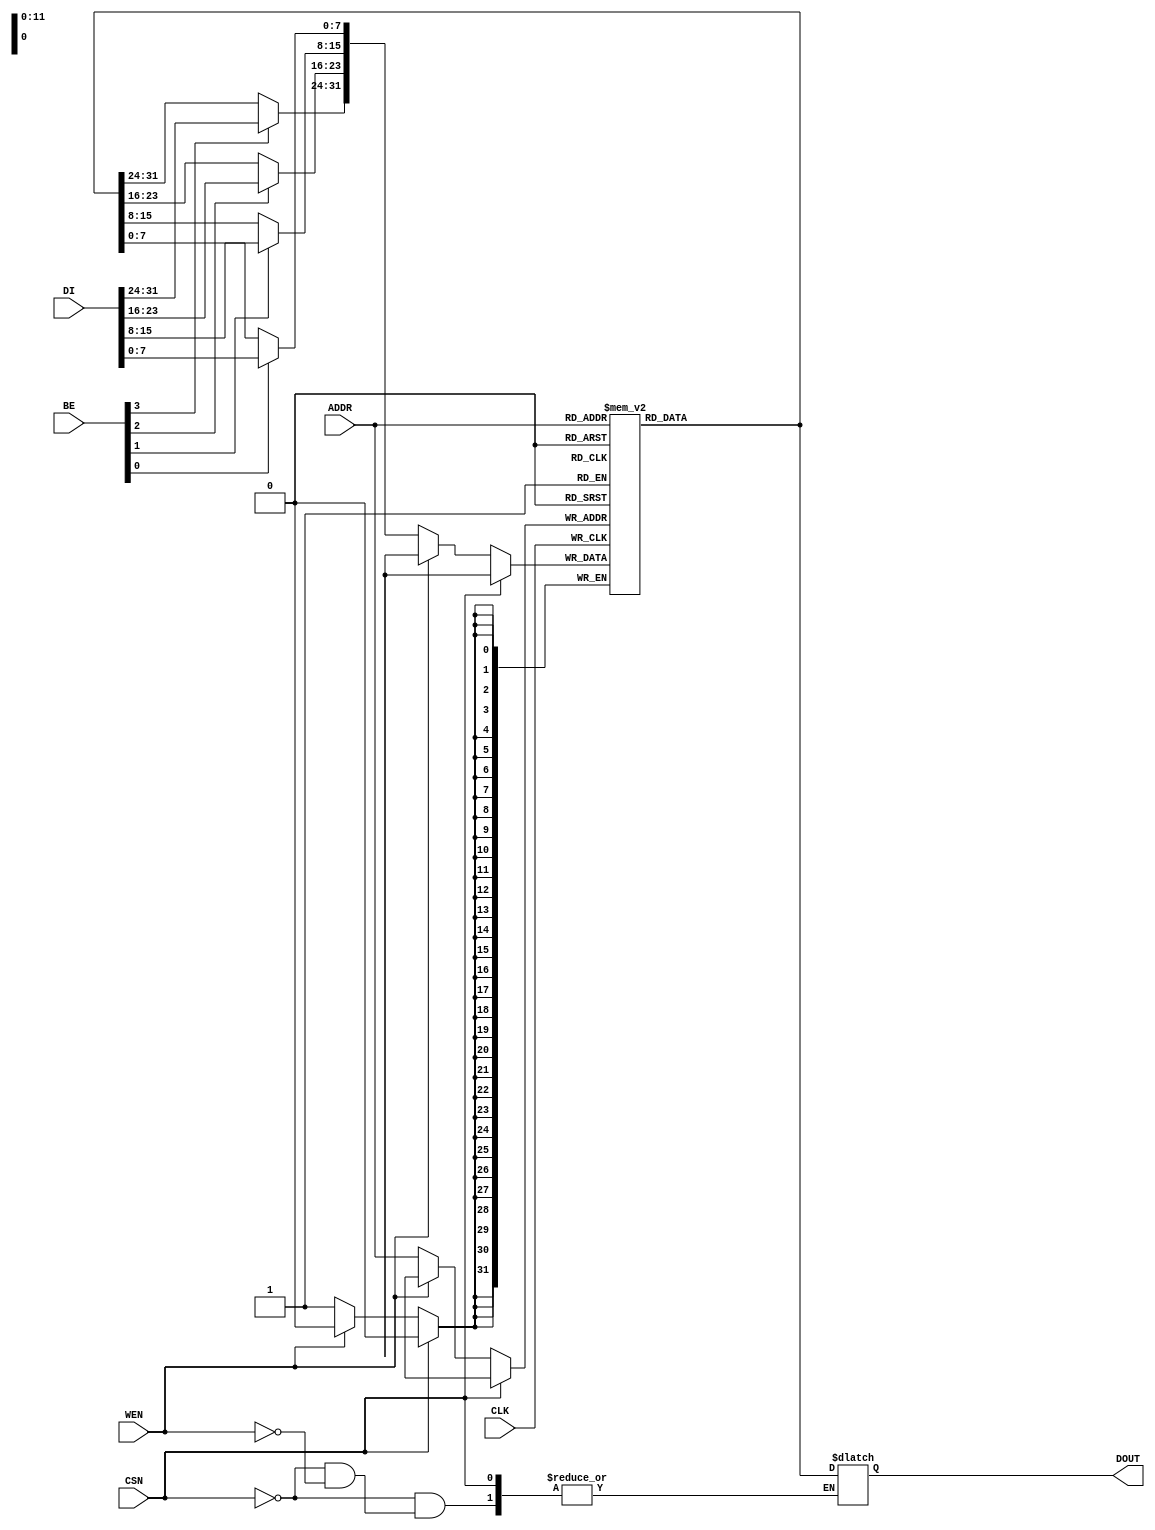
`timescale 1ns/10ps
module SP_SRAM #(parameter ROMDATA = "", AWIDTH = 12, SIZE = 4096) (
	input	wire			CLK,
	input	wire			CSN,//chip select negative??
	input	wire	[AWIDTH-1:0]	ADDR,
	input	wire			WEN,//write enable negative??
	input	wire	[3:0]		BE,//byte enable
	input	wire	[31:0]		DI, //data in
	output	wire	[31:0]		DOUT // data out
);

	reg		[31:0]		outline;
	reg		[31:0]		ram[0 : SIZE-1];
	reg		[31:0]		temp;

	initial begin
		if (ROMDATA != "")
			$readmemh(ROMDATA, ram);
	end

	assign #1 DOUT = outline;

	always @ (negedge CLK) begin
		// Synchronous write
		if (~CSN)
		begin
			if (~WEN)
			begin
				temp = ram[ADDR];
				if (BE[0]) temp[7:0] = DI[7:0];
				if (BE[1]) temp[15:8] = DI[15:8];
				if (BE[2]) temp[23:16] = DI[23:16];
				if (BE[3]) temp[31:24] = DI[31:24];
				ram[ADDR] = temp;
			end
		end
	end

	always @ (*) begin
		// Asynchronous read
		if (~CSN)
		begin
			if (WEN) begin
				outline = ram[ADDR];
			end
		end
	end

endmodule